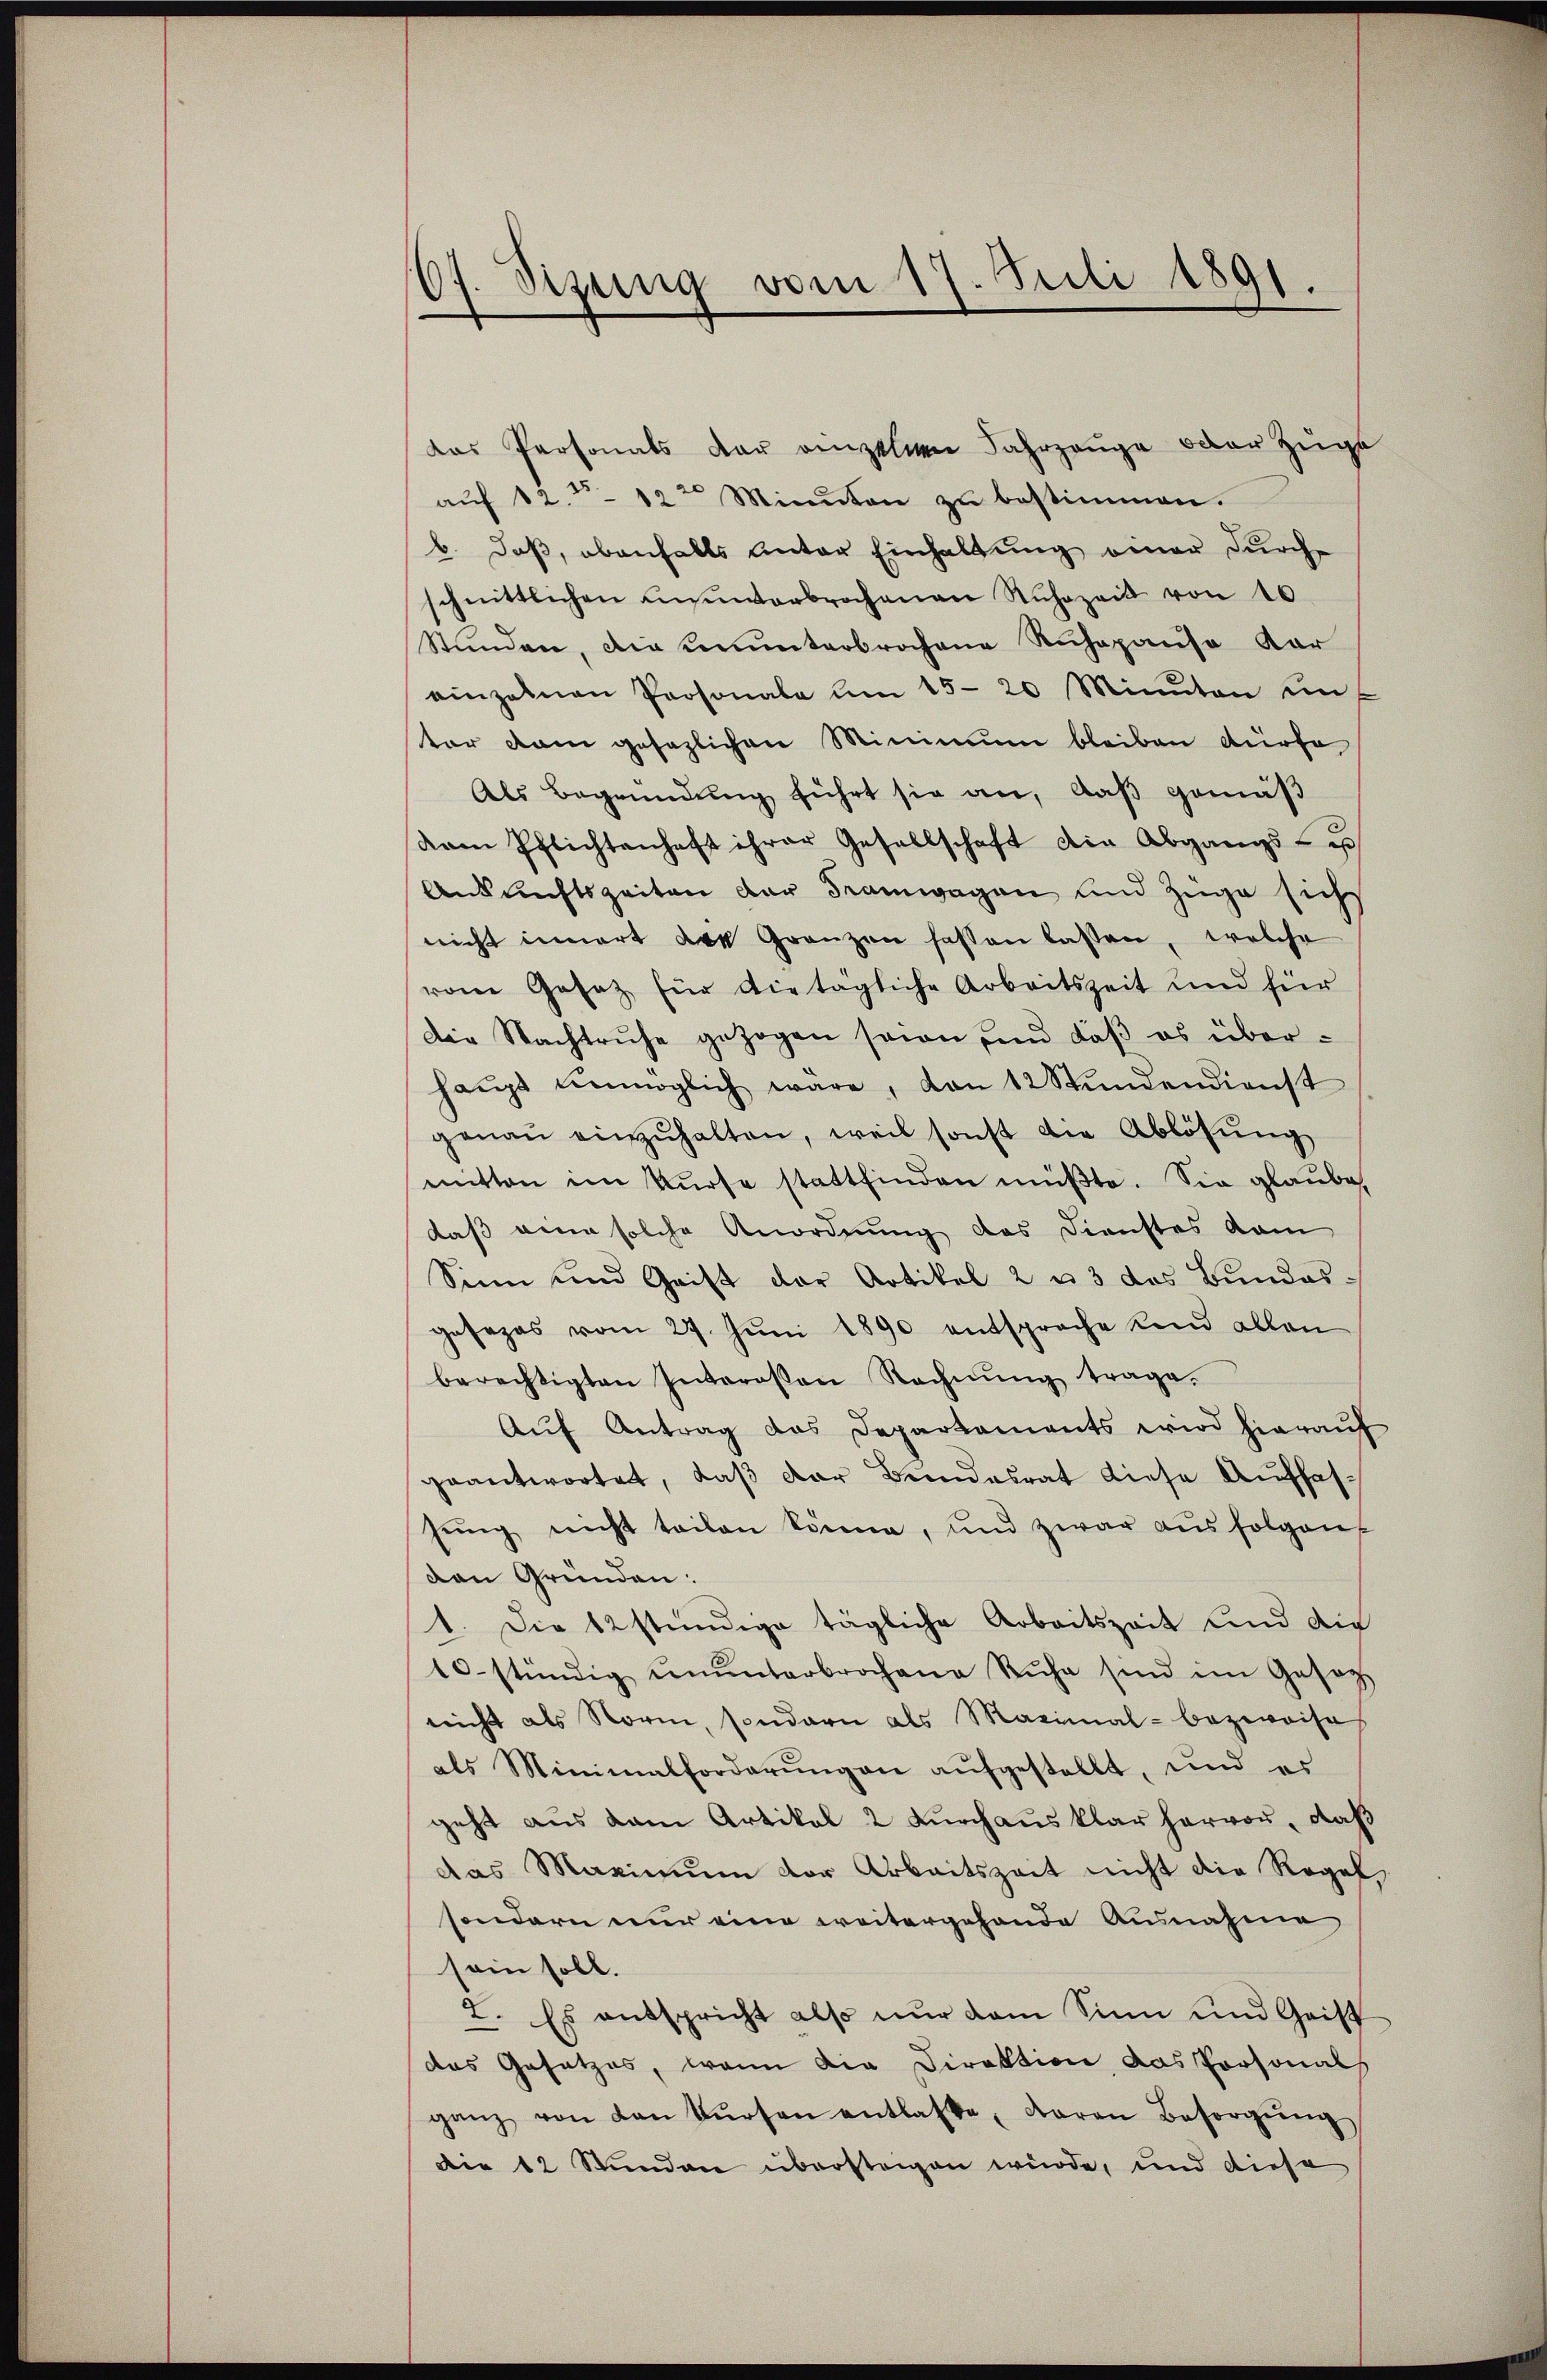
07. Sizung vom 17. Juli 1891.
d

das Personats der einzelnen Jahrzeuge oder Zuge
aŭf 12. 12 Minuten zu bestimmen.
b. daß, ebenfalls unter Einhaltung einer durch
schnittlichen ununterbrochenau Nŭhrzeit von 10
Stunden, die ununterbrochene Ruhepause Kar
einzelnen Personale um 15-20 Minuten un-
ter dam gesezlichen Minimum bleiben dürfe
Als Begründung führt sie an, daß gemäß
dem Pflichtenhaft ihrer Gesellschaft die Abgangs- u
Ankunftszeiten der Tramwagen und Züge sich
nicht innert die Gränzen fassen lassen, welche
vom Gesatz für vietägliche Arbeitszeit und für
Die Nachtruhe gezogen seien und daß es überhaŭpt ŭnmöglich wäre, von 12 Stŭndendienst
genaŭ einzŭhalten, weil sonst die Ablösung
mitten im Kŭrse stattfinden müβte. Sie glaube,
daß eine solche Anordnung des Dienstes kam
Sinn und Grist der Artikel 2 u 3 das Bundes-
gesezes vom 27. Jŭni 1890 entsprache und allen
berechtigten Interosen Rechnŭng trage.
Aŭf Antrag das Departaments wird hieraŭf
geantwortet, daß der Bundesrat diese Auffassung nicht teilen könne, und zwar aus folgen
den Gründen:
1. Die 12 stündige tägliche Arbeitszeit und die
10 stündig ŭnŭnterbrochene Ruhe sind im Gesetz-
nicht als Norm, sondern als Maximal- bezweise
als Minimalforderŭngen aŭfgestellt, und es
geht aus dem Artikal 2 Durchaus klar hervor, daß
das Maximŭm vor Arbeitszeit nicht die Regel,
sondern nur eine weitergehende Ausnahme
sein soll.
2. Es entspricht also nur dem Sinn und Geist
das Gesetzes, wenn die Direktion das Personals
ganz von den kŭrsen entlasse, daran Besorgŭng
Die 12 Stunden übersteigen würde, und diese